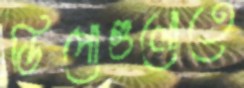
ডিপোগুলোতে